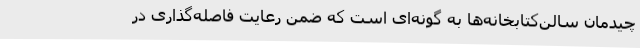
چیدمان سالن‌کتابخانه‌ها به گونه‌ای است که ضمن رعایت فاصله‌گذاری در